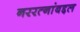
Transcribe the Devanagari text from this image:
नररत्नांबद्दल